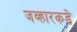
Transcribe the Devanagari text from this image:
जव्हारकडे